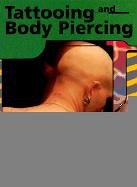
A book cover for Tattooing and Body Piercing (Perspectives on Physical Health); Bonnie Graves; Teen & Young Adult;